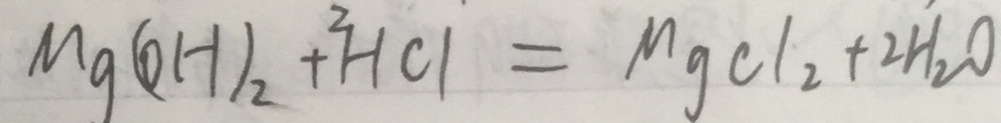
M g ( O H ) _ { 2 } + H C l = M g C l _ { 2 } + 2 H _ { 2 } O